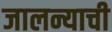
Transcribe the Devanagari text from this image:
जालन्याची